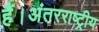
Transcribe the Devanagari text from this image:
हैं।अंतरराष्ट्रीय